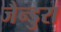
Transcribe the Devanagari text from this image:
जैन्डुरा